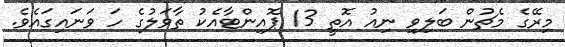
މިރޭގެ މެޗުން ބަލިވި ނިއު އޮތީ 13 ޕޮއިންޓާއެކު ތާވަލުގެ ހަ ވަނައިގައެވެ.